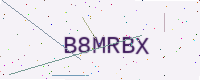
Text: B8MRBX